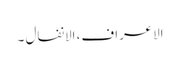
الاعراف، الانفال ۔